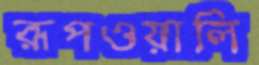
রূপওয়ালি